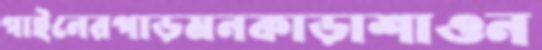
গাইনেরপাড়মনকাড়াশাওন